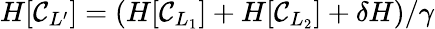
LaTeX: \begin{array}{r}{H[\mathcal{C}_{L^{\prime}}]=\left(H[\mathcal{C}_{L_{1}}]+H[\mathcal{C}_{L_{2}}]+\delta H\right)/\gamma}\end{array}